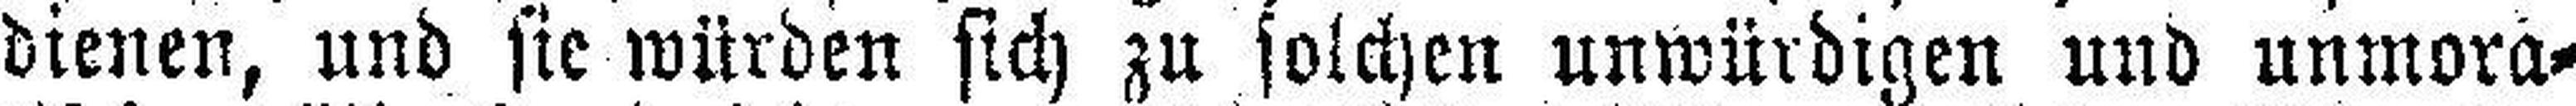
dienen, und sie würden sich zu solchen unwürdigen und unmora¬